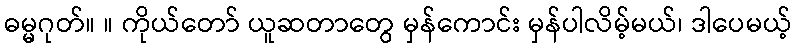
ဓမ္မဂုတ်။ ။ ကိုယ်တော် ယူဆတာတွေ မှန်ကောင်း မှန်ပါလိမ့်မယ်၊ ဒါပေမယ့်